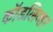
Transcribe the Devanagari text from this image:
कॉडलिव्हर